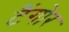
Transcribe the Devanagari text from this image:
टैंगोर